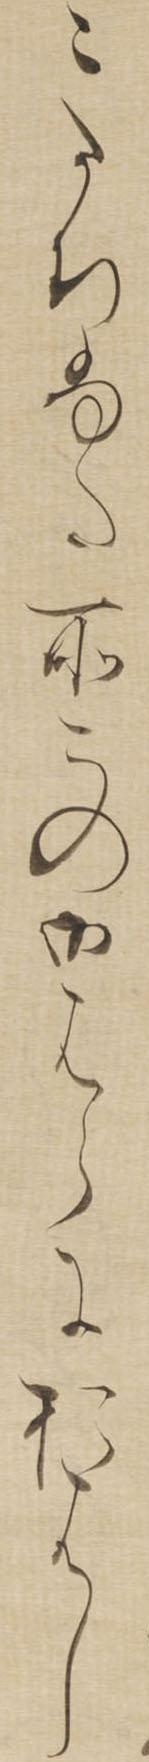
こたちふた所この御はらにおはし